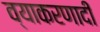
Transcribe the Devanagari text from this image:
व्याकरणादी